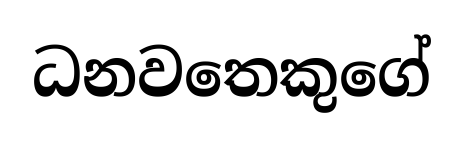
ධනවතෙකුගේ